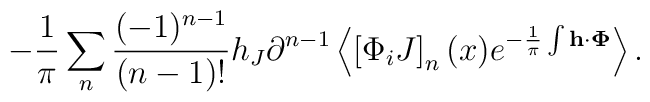
-\frac{1}{\pi }\sum_{n}^{}\frac{(-1)^{n-1}}{(n-1)!}h_J\partial^{n-1}\left<\left[ \Phi _iJ\right] _n (x) e^{-\frac{1}{\pi}\int {\bf h \cdot\Phi}}\right>.